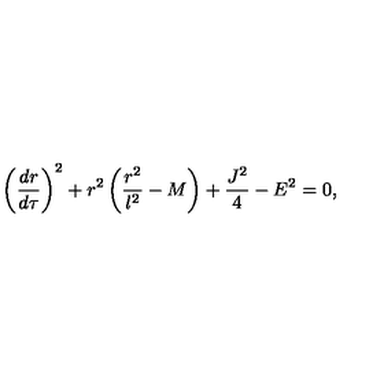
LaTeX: \left( \frac { d r } { d \tau } \right) ^ { 2 } + r ^ { 2 } \left( \frac { r ^ { 2 } } { l ^ { 2 } } - M \right) + \frac { J ^ { 2 } } { 4 } - E ^ { 2 } = 0 ,